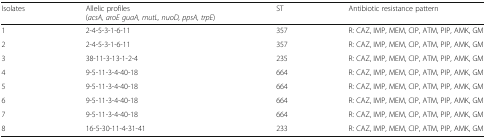
<table><thead><tr><td><b>Isolates</b></td><td><b>Allelic profiles(<i>acsA, aroE guaA, mutL, nuoD, ppsA, trpE</i>)</b></td><td><b>ST</b></td><td><b>Antibiotic resistance pattern</b></td></tr></thead><tbody><tr><td>1</td><td>2-4-5-3-1-6-11</td><td>357</td><td>R: CAZ, IMP, MEM, CIP, ATM, PIP, AMK, GM</td></tr><tr><td>2</td><td>2-4-5-3-1-6-11</td><td>357</td><td>R: CAZ, IMP, MEM, CIP, ATM, PIP, AMK, GM</td></tr><tr><td>3</td><td>38-11-3-13-1-2-4</td><td>235</td><td>R: CAZ, IMP, MEM, CIP, ATM, PIP, AMK, GM</td></tr><tr><td>4</td><td>9-5-11-3-4-40-18</td><td>664</td><td>R: CAZ, IMP, MEM, CIP, ATM, PIP, AMK, GM</td></tr><tr><td>5</td><td>9-5-11-3-4-40-18</td><td>664</td><td>R: CAZ, IMP, MEM, CIP, ATM, PIP, AMK, GM</td></tr><tr><td>6</td><td>9-5-11-3-4-40-18</td><td>664</td><td>R: CAZ, IMP, MEM, CIP, ATM, PIP, AMK, GM</td></tr><tr><td>7</td><td>9-5-11-3-4-40-18</td><td>664</td><td>R: CAZ, IMP, MEM, CIP, ATM, PIP, AMK, GM</td></tr><tr><td>8</td><td>16-5-30-11-4-31-41</td><td>233</td><td>R: CAZ, IMP, MEM, CIP, ATM, PIP, AMK, GM</td></tr></tbody></table>